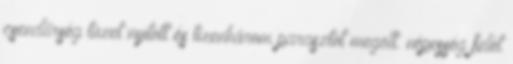
csendőrség tüzet nyitott és tizenhárom parasztot megölt. népesség felét